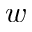
w